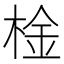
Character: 𣔋